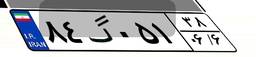
۰۳گ۶۲۸۵۲